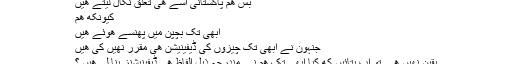
بس هم پاکستانی اسے هی تعلق نکال لیتے هیں
کیونکه هم
ابھی تک بچپن میں پھنسے هوئے هیں
جنہون نے ابھی تک چیزوں کی ڈیفینیشن هی مقرر نهیں کی هیں
یقین نهیں هے تو اپ بتائیں که کیا ابھی تک هم نے مندرجہ ذیل الفاظ هی ڈیفینیشنز بنا لی هیں ؟